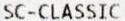
SC-CLASSIC